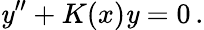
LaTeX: \mathit{y}^{\prime\prime}+K(x)\mathit{y}=0\, .